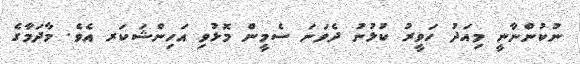
ނުކުންނާނީ މިއަދު ހަވީރު ކުޅުނު ދެވަނަ ސެމީން މޮޅުވި އަހިންޝަކަރ އެވެ. މާދަމާގެ